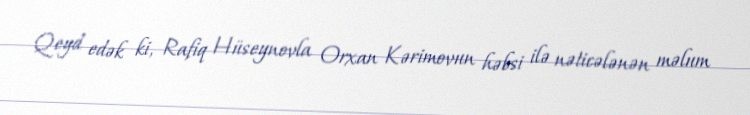
Qeyd edək ki, Rafiq Hüseynovla Orxan Kərimovun həbsi ilə nəticələnən məlum